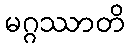
မဂ္ဂဿာတိ